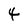
Character: 4